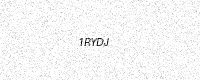
Text: 1RYDJ